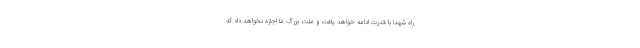
راه شهدا با قدرت ادامه خواهد یافت و ملت بزرگ ما اجازه نخواهد داد که